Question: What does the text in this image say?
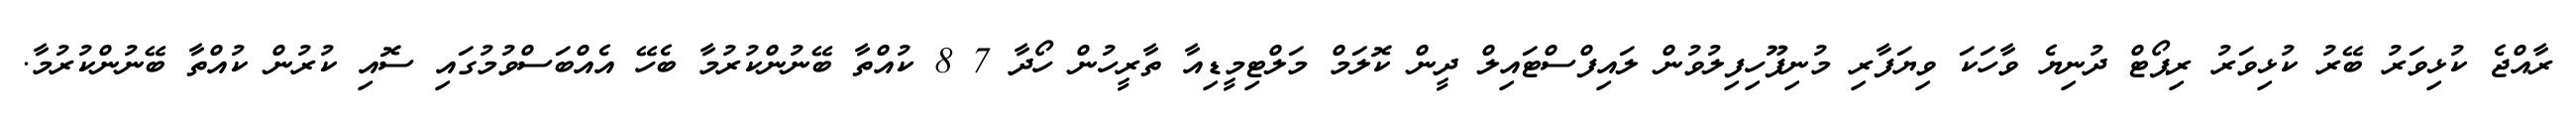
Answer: ރާއްޖެ ކުޅިވަރު ބޭރު ކުޅިވަރު ރިޕޯޓް ދުނިޔެ ވާހަކަ ވިޔަފާރި މުނިފޫހިފިލުވުން ލައިފްސްޓައިލް ދީން ކޮލަމް މަލްޓިމީޑިއާ ތާރީހުން ހޯދާ 7 8 ކުއްތާ ބޭނުންކުރުމާ ބެހޭ އެއްބަސްވުމުގައި ސޮއި ކުރުން ކުއްތާ ބޭނުންކުރުމާ.